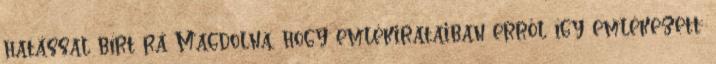
hatással bírt rá Magdolna, hogy emlékirataiban erről így emlékezett: